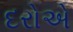
દરોએ